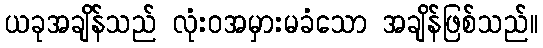
ယခုအချိန်သည် လုံးဝအမှားမခံသော အချိန်ဖြစ်သည်။